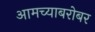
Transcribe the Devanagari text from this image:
आमच्याबरोबर